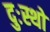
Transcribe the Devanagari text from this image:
दुःस्थो